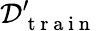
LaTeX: \mathcal{D}_{\mathrm{~t~r~a~i~n~}}^{\prime}